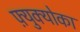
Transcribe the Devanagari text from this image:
फ़्युक्योका